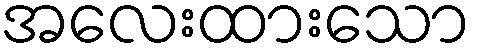
အလေးထားသော